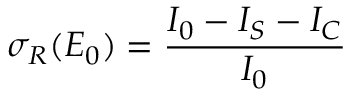
\sigma _ { R } ( E _ { 0 } ) = \frac { I _ { 0 } - I _ { S } - I _ { C } } { I _ { 0 } }